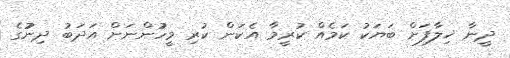
ދީނާ ޚިލާފަށް ބަޔަކު ކަމެއް ކުރީމާ އެކަން ކުރި މީހުުންނަށް އަދަބު ދިނުުގެ